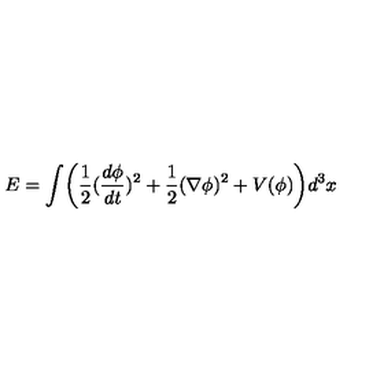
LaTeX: E = \int \biggl ( \frac 1 2 ( \frac { d \phi } { d t } ) ^ { 2 } + \frac 1 2 ( \nabla \phi ) ^ { 2 } + V ( \phi ) \biggr ) d ^ { 3 } x